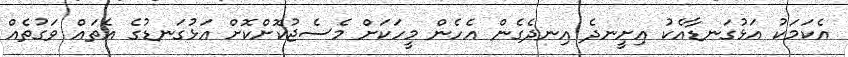
އެކަމަކު އަޅުގަނޑާއެކު އިށީނދެ އިނދެގެން އެހެން މީހަކަށް މެސެޖުކޮށްކޮށް އަޅުގަނޑުގެ އެތައް ވަގުތެއް